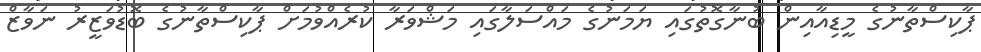
ޕާކިސްތާނުގެ މީޑިއާއިން ބުނާގޮތުގައި ޔަމަނުގެ މައްސަލާގައި މަޝްވަރާ ކުރެއްވުމަށް ޕާކިސްތާނުގެ ބޮޑުވަޒީރު ނަވާޒް